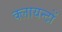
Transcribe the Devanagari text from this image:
क्लायन्टों